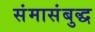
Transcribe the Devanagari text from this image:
संमासंबुद्ध